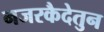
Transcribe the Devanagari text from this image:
नजरकैदेतुन